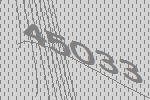
45033